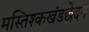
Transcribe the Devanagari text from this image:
मस्तिश्कखंडछेदन